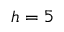
h = 5